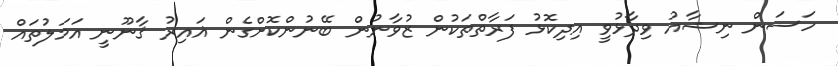
ހަސަން ނިޝާއު ވިދާޅުވީ އިދިކޮޅު ފަރާތްތަކުން ޒުވާނުން ބޭނުންކޮށްގެން ޣައިރު ޤާނޫނީ އަމަލުތައް